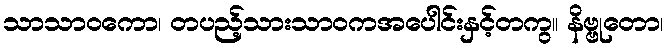
သာသာဝကော၊ တပည့်သားသာဝကအပေါင်းနှင့်တကွ။ နိဗ္ဗုတော၊